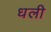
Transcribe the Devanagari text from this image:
धली